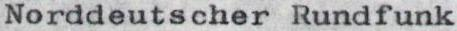
Norddeutscher Rundfunk